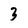
Character: 3